Civil Veterinary Department Bengal reports 1923-33 - 1923-1933
Year: 1923
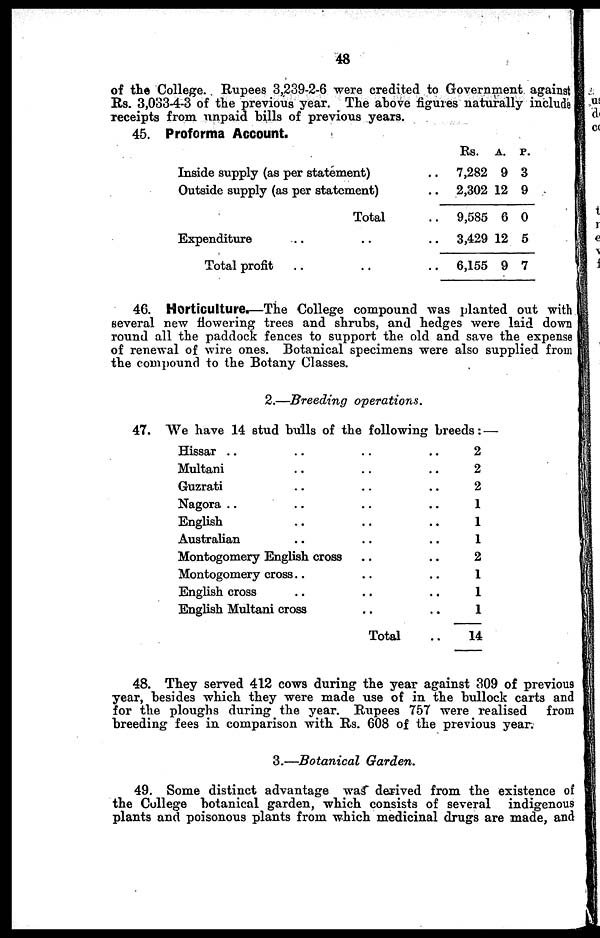
48
of the College. Rupees 3,239-2-6 were credited to Government against
Rs. 3,033-4-3 of the previous year. The above figures naturally include
receipts from unpaid bills of previous years.
45. Proforma Account.
Inside supply (as per statement) ..
Outside supply (as per statement) ..
Total ..
Expenditure .. .. ..
Total profit
.. .. ..
Rs.
7,282
2,302
9,585
3,429
6,155
A.
9
12
6
12
9
P.
3
9
0
5
7
46. Horticulture.—The College compound was planted out with
several new flowering trees and shrubs, and hedges were laid down
round all the paddock fences to support the old and save the expense
of renewal of wire ones. Botanical specimens were also supplied from
the compound to the Botany Classes.
2.—Breeding operations.
47. We have 14 stud bulls of the following breeds: —
Hissar .. .. .. ..
Multani .. .. ..
Guzrati .. .. ..
Nagora .. .. .. ..
English .. .. ..
Australian .. .. ..
Montogomery English cross .. ..
Montogomery cross .. .. ..
English cross .. .. ..
English Multani cross .. ..
Total ..
2
2
2
1
1
1
2
1
1
1
14
48. They served 412 cows during the year against 309 of previous
year, besides which they were made use of in the bullock carts and
for the ploughs during the year. Rupees 757 were realised
from
breeding fees in comparison with Rs. 608 of the previous year.
3.—Botanical Garden.
49. Some distinct advantage was derived from the existence of
the College botanical garden, which consists of several
indigenous
plants and poisonous plants from which medicinal drugs are made, and